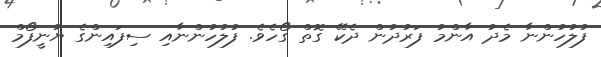
ފުލުހުންނާ މެދު އާންމު ފަރުދުން ދެކޭ ގޮތް ގޯހެވެ. ފުލުހުންނާއި ސިފައިންގެ ޔުނީފޯމް